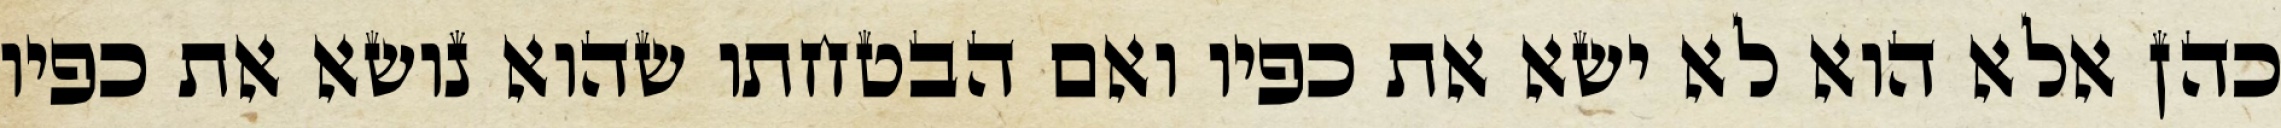
כהן אלא הוא לא ישא את כפיו ואם הבטחתו שהוא נושא את כפיו